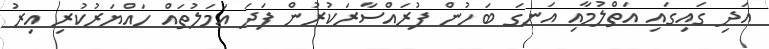
އަދި ގައިގައި އަތްލުމާއި އަނގަ ބަހުން ފުރައްސާރަކުރުން ފަދަ އަމަލުތައް ހައްޔަރުކުރި އިރު